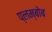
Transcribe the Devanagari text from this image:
प्लम्बोब